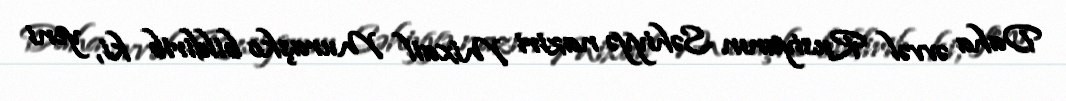
Daha əvvəl Rusiyanın Səhiyyə naziri Mixail Muraşko bildirib ki, yeni